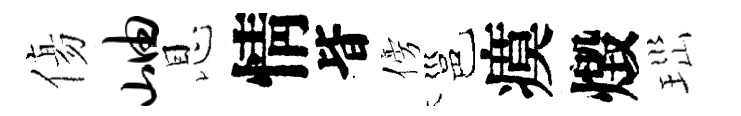
傷岫恩情𣅜傍邕瘼燬𤤼